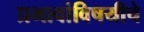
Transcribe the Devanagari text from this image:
प्रभावांविषयीचे